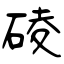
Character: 碐